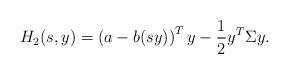
LaTeX: \begin{align*}H_2(s,y) = \left(a - b(sy)\right)^T y - \frac{1}{2} y^T \Sigma y.\end{align*}